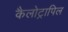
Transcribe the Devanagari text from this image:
कैलोट्रापिल